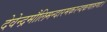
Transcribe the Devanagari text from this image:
देवेन्द्रमौलिमन्दारमकरन्दकणारुणाः।